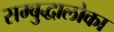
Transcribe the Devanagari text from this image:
सम्बुद्धालोका